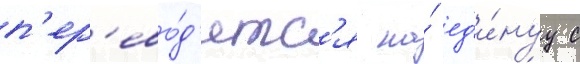
п'ер'ево́д'итс'я на́ ед'и́нуу с